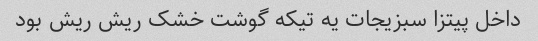
داخل پیتزا سبزیجات یه تیکه گوشت خشک ریش ریش بود